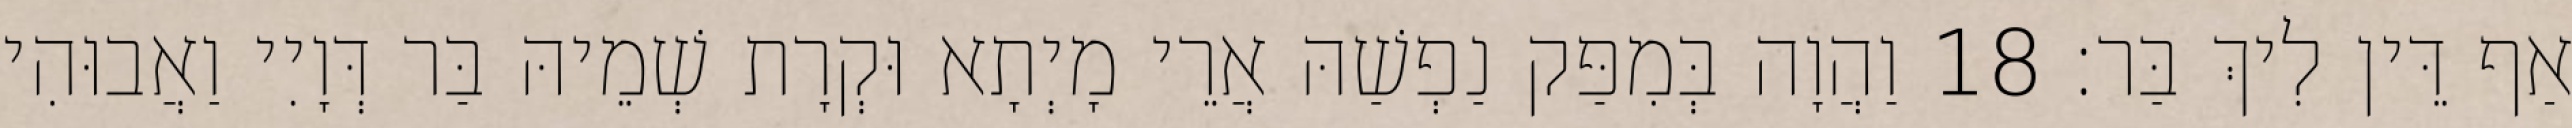
אַף דֵּין לִיךְ בַּר׃ 18 וַהֲוָה בְּמִפַּק נַפְשַׁהּ אֲרֵי מָיְתָא וּקְרָת שְׁמֵיהּ בַּר דְּוָיִי וַאֲבוּהִי